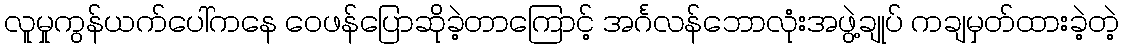
လူမှုကွန်ယက်ပေါ်ကနေ ဝေဖန်ပြောဆိုခဲ့တာကြောင့် အင်္ဂလန်ဘောလုံးအဖွဲ့ချုပ် ကချမှတ်ထားခဲ့တဲ့